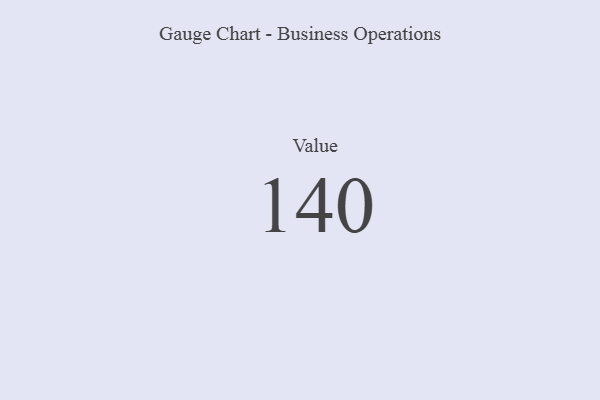
{"axis": {"x": "Metric", "y": "Value"}, "legend": [""], "data": [{"x": "Value", "y": 140, "type": ""}]}